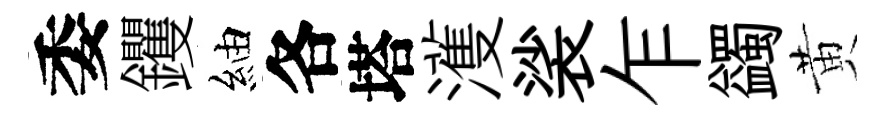
委钁紬各塔濩裟乍蠲黄